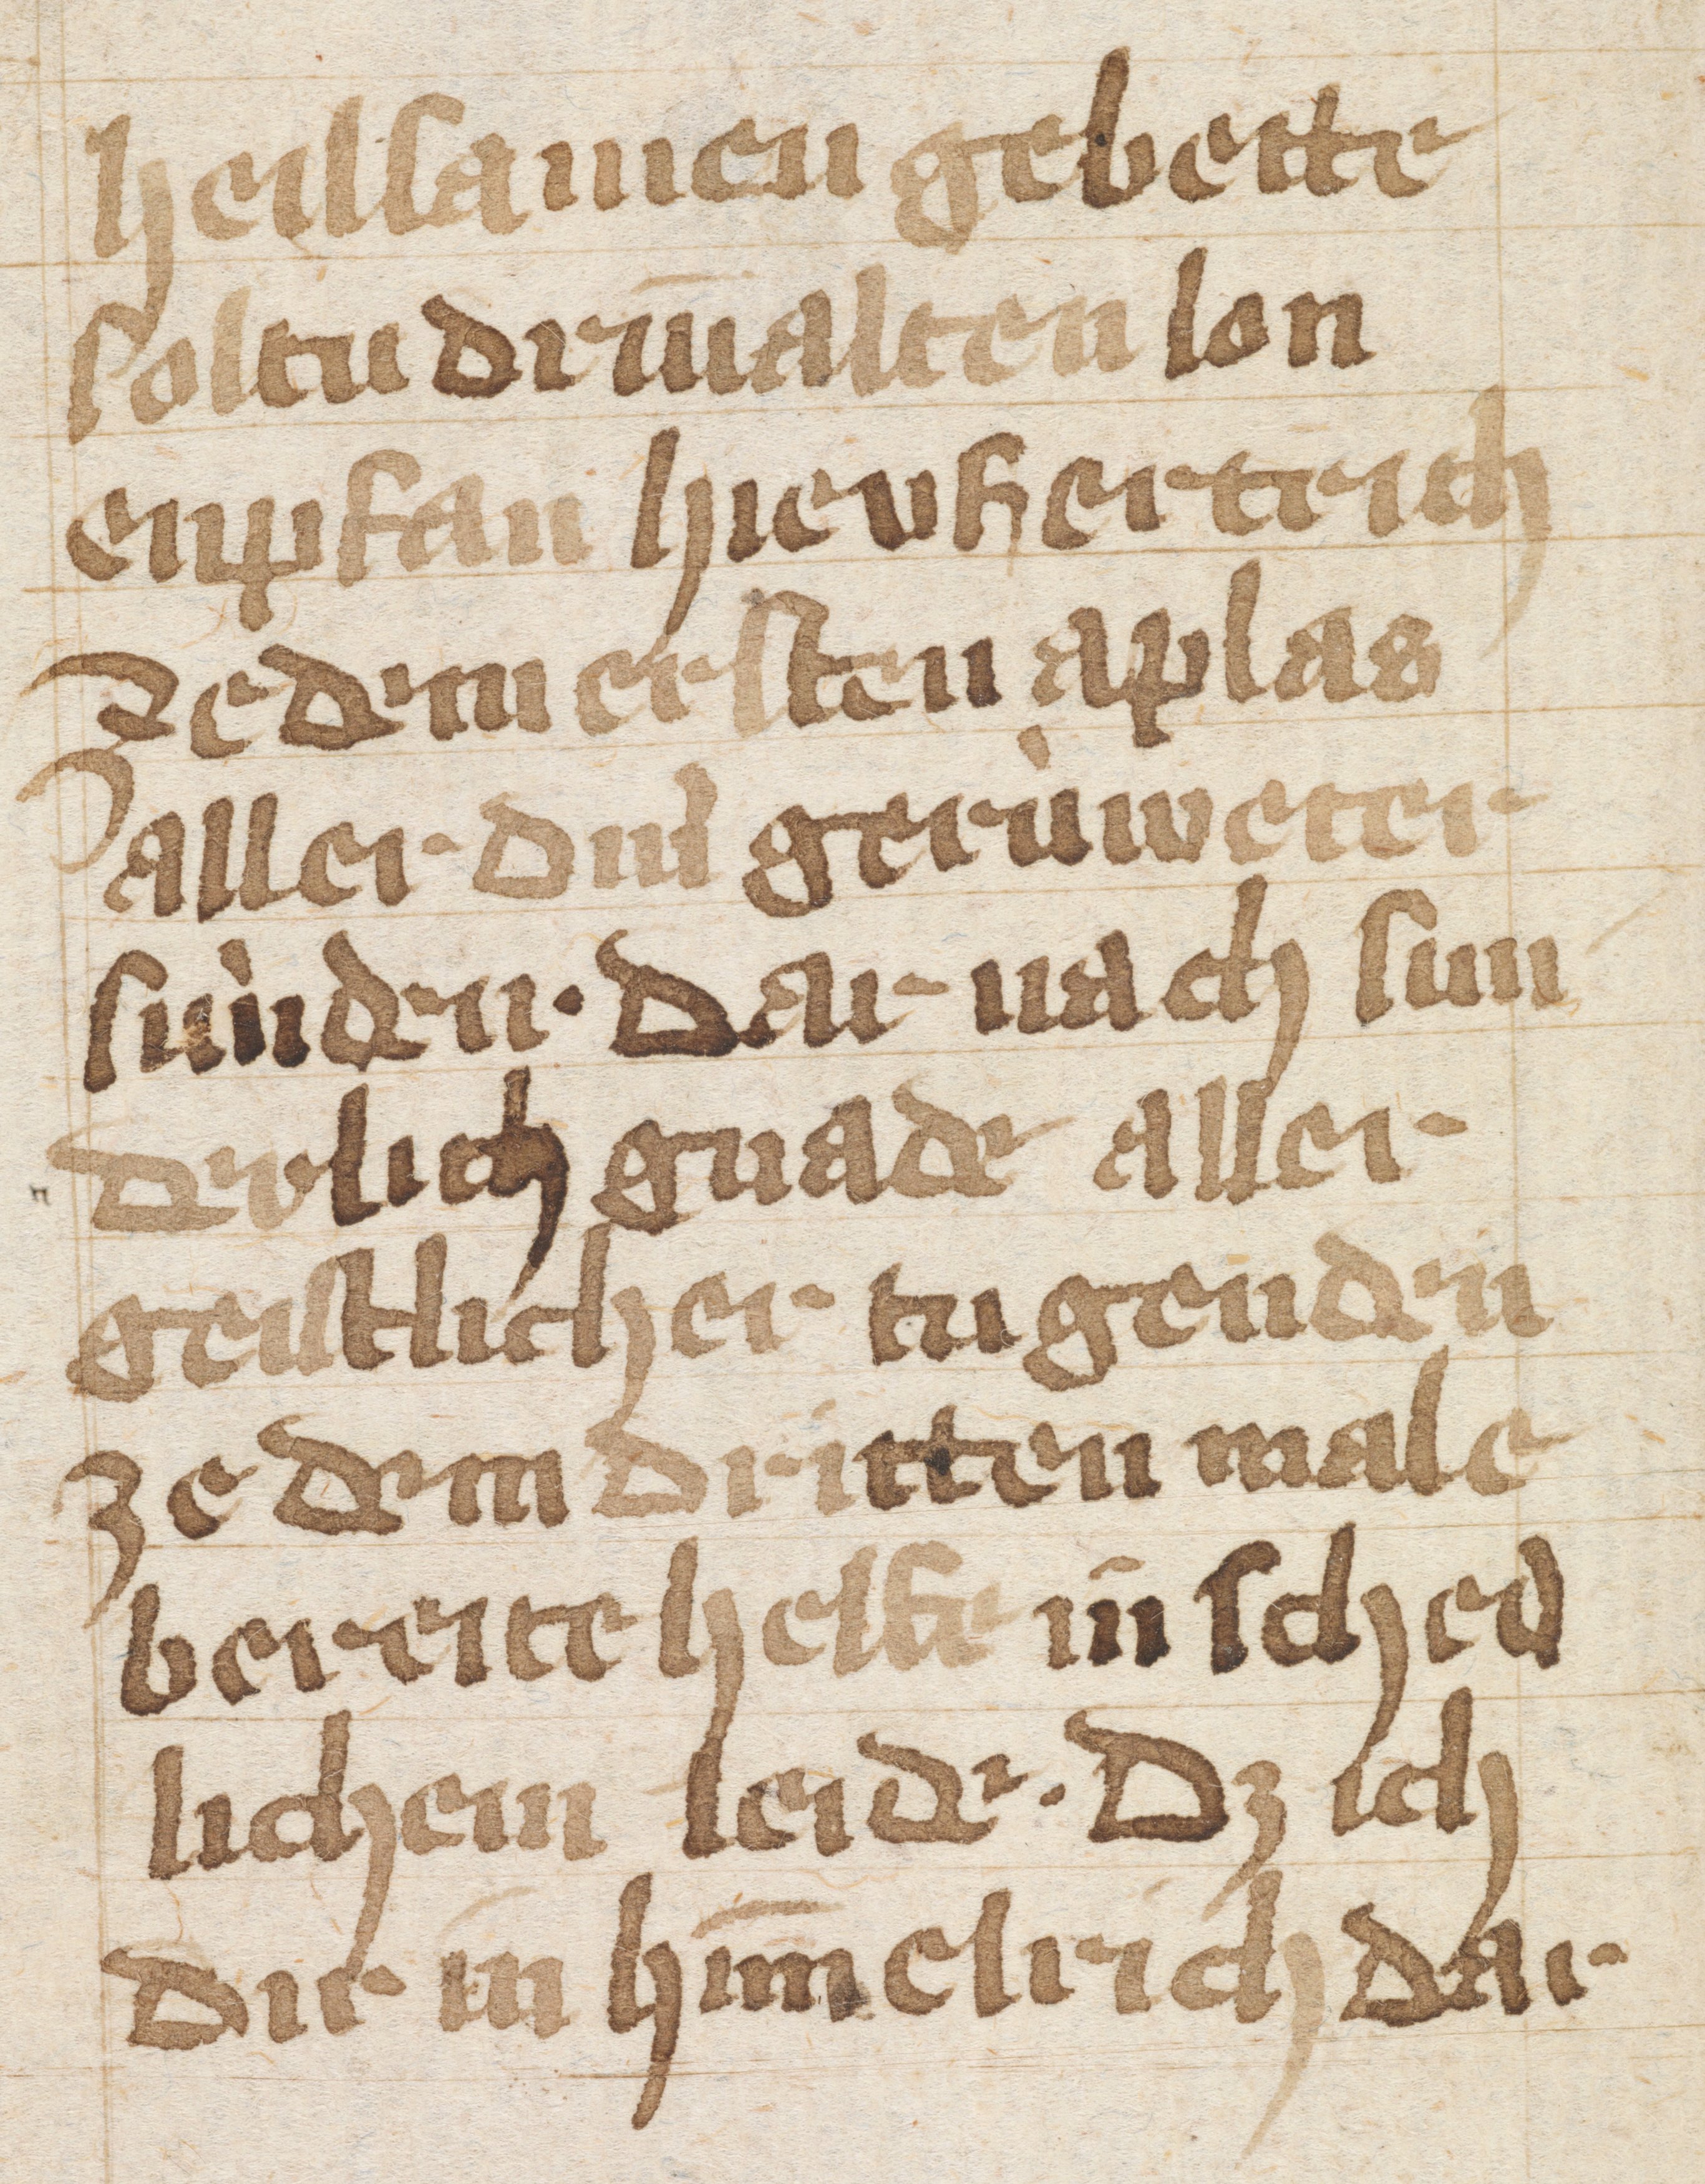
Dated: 1400–1499